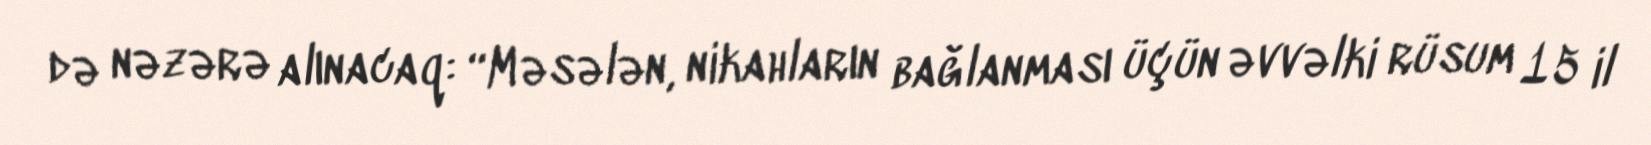
də nəzərə alınacaq: “Məsələn, nikahların bağlanması üçün əvvəlki rüsum 15 il